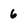
Character: 6